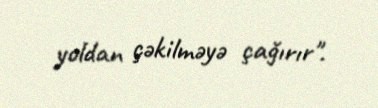
yoldan çəkilməyə çağırır".